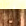
رأيه